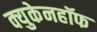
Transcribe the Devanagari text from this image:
क्युकेनहॉफ